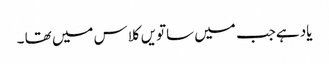
یاد ہےجب میں ساتویں کلاس میں تھا ۔